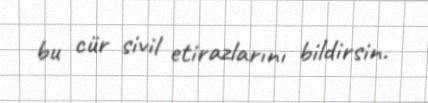
bu cür sivil etirazlarını bildirsin.